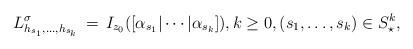
LaTeX: \begin{align*}L^\sigma_{h_{s_1},\ldots,h_{s_k}}\,=\,I_{z_0}([\alpha_{s_1}|\cdots |\alpha_{s_k}]),k\geq0, (s_1,\ldots,s_k)\in S_\star^k, \end{align*}